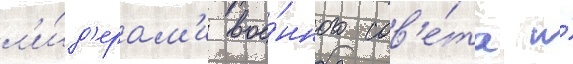
л'и́д'ерам'и вое́нного сов'е́та и́